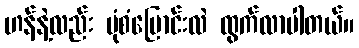
ဟန်နဲ့လည်း ပုံစံပြောင်းလဲ ထွက်လာပါတယ်။